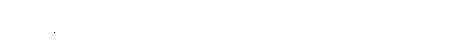
ပုနပ္ပနံ၊ တအော်လဲလဲ။ သမ္မသတီ၊ သုံးသပ်ခြင်၏။